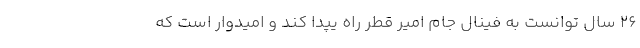
۲۶ سال توانست به فینال جام امیر قطر راه یپدا کند و امیدوار است که